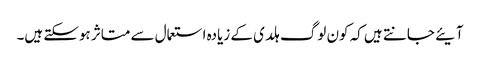
آیئے جانتے ہیں کہ کون لوگ ہلدی کے زیادہ استعمال سے متاثر ہوسکتے ہیں۔